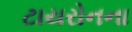
ટાયરોનના